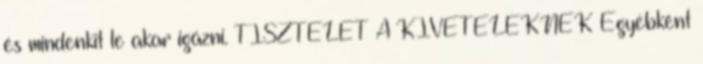
és mindenkit le akar igázni. TISZTELET A KIVÉTELEKNEK Egyébként